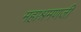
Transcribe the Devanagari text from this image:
महाश्रमणजी